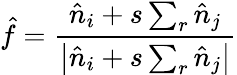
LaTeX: \hat{f}=\frac{\hat{n}_{i}+s\sum_{r}\hat{n}_{j}}{\left|\hat{n}_{i}+s\sum_{r}\hat{n}_{j}\right|}